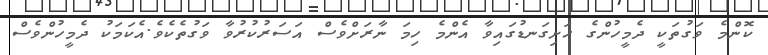
ކޮންމެ ވަގުތަކީ ދެމީހުންގެ ހަށިގަނޑުގައިވާ އެންމެ ހިމަ ނާރަށްވެސް އަސަރުކުރުވާ ވަގުތެކެވެ.އެކަމަކު ދެމީހުންވެސް